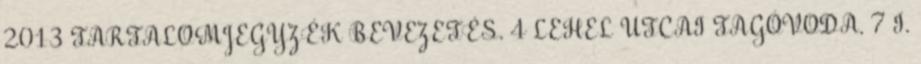
2013 TARTALOMJEGYZÉK BEVEZETÉS. 4 LEHEL UTCAI TAGÓVODA. 7 I.